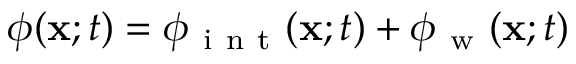
\phi ( \mathbf { x } ; t ) = \phi _ { \mathrm { ~ i ~ n ~ t ~ } } ( \mathbf { x } ; t ) + \phi _ { \mathrm { ~ w ~ } } ( \mathbf { x } ; t )